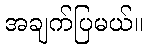
အချက်ပြမယ်။